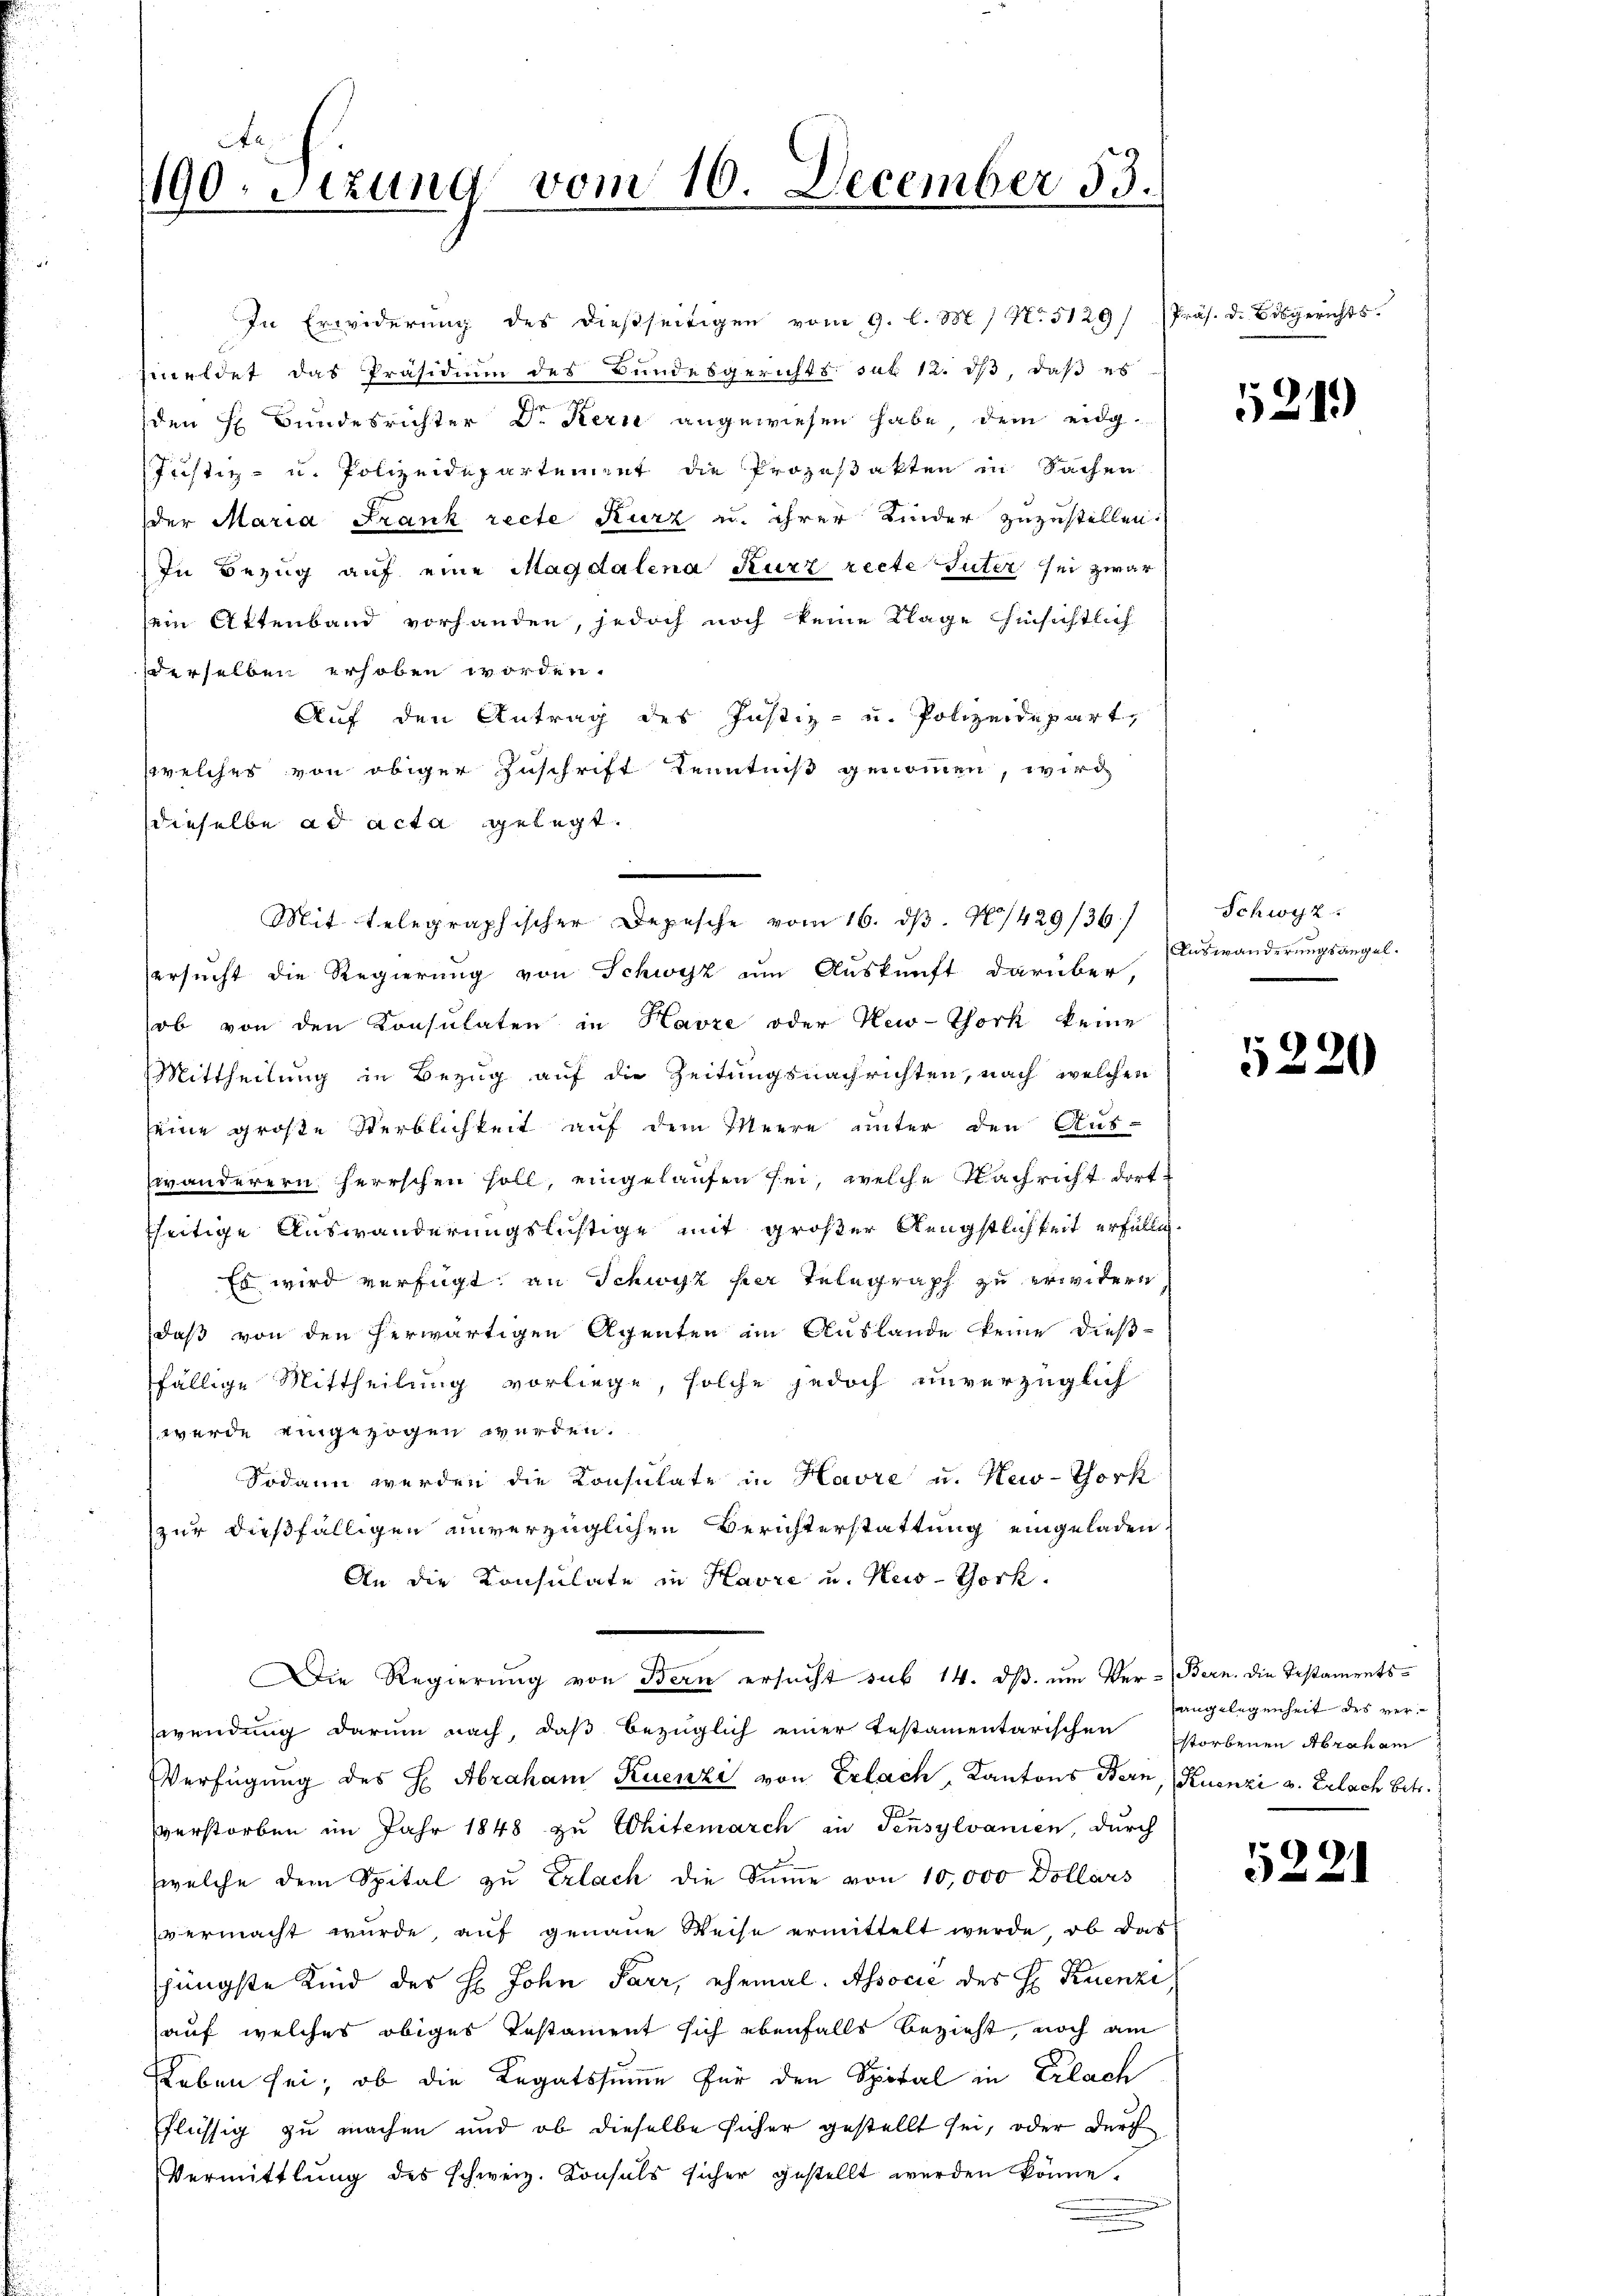
1190. Sizung vom 10. December 53.

In Erwiderŭng des dießseitigen vom 9. l. M. / No 5129/ Präs. d. Bisgerichts-
emeldet das Präsidium des Bundesgerichts sat 12. ds, daß es
den H Bundesrichter Dr. Kern angewiesen habe, dem eidg¬
Justiz- u. Polizeidepartement die Prozeßakten in Sachen
der Maria Frank recte Kurz u. ihrer Kinder zuzustellen.
In Bezug auf eine Magdalena Kurz recte Suter sei zwar
sein Attenband vorhanden, jedoch noch keine Klage hinsichtlich
derselben erhoben worden.
Auf den Antrag des Justiz- u. Polizeidepart,
welches von obiger Zuschrift Kenntniß genommen, wird
dieselbe ad acta gelegt.
ersucht die Regierung von Schwyz um Auskunft darüber,
ob von den Konsulaten in Havre oder New-York keine
Mittheilung in Bezug auf die Zeitungsnachrichten, nach welchen
seine große Sterblichkeit auf dem Meere unter den Aus-
wänderern herrschen soll, eingelaufen sei, welche Nachricht dortsseitige Auswanderungslichtige mit großer Rengstlichkeit erfüllen.
Es wird verfügt, an Schwyz her Telegraph zu erweitern
daß von den herwärtigen Agenten im Auslande keine dießfällige Mittheilung vorliege, solche jedoch unverzüglich
werde eingezogen werden.
Sodann werden die Konsulate in Havre u. New-York
zur dießfälligen unverzüglichen Berichterstattung eingeladen.
An die Konsulate in Havre u. Kuo-York.
Die Regierŭng von Bern ersucht sub 14. dβ. ŭm Ver- Bern, die Testaments-
wendung darum nach, daß bezüglich einer testamentarischen storbenen Abraham
Verfügung des H Abraham Kuenzi von Erlach, Kantons Bern, (Kuenzi v. Erlach betr.
verstorben im Jahr 1848 zu Chitemarch in Tensylvanien, durch
welche dem Spital zu Erlach die Summe von 10,000 Dollars
vermacht wurde, auf genaue Weise ermittelt werde, ob das
hüngste Kind des H. John Parr, ehemal. Associe des H. Ruenzi,
(auf welches obiges Testament sich ebenfalls bezieht, noch am
Leben sei, ob die Regatssumme für den Spital in Erlach
flüssig zu machen und ob dieselbe sicher gestellt sei, oder durc
Vermittlung des schweiz. Konsuls sicher gestellt werden könne.

Mit telegraphischer Depesche vom 16. dβ. 71429/36/

5219

Schwyz.
Answänderungsangel.

5220

angelegenheit des ver¬

5221